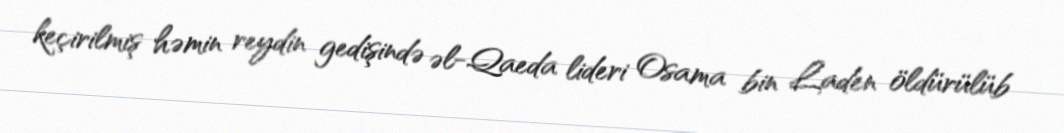
keçirilmiş həmin reydin gedişində əl-Qaeda lideri Osama bin Laden öldürülüb